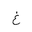
Letter: _gayn